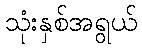
သုံးနှစ်အရွယ်